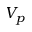
V _ { p }